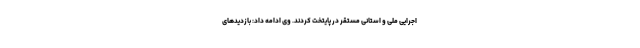
اجرایی ملی و استانی مستقر در پایتخت کردند. وی ادامه داد: بازدیدهای